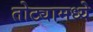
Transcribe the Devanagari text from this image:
तोट्यामध्ये